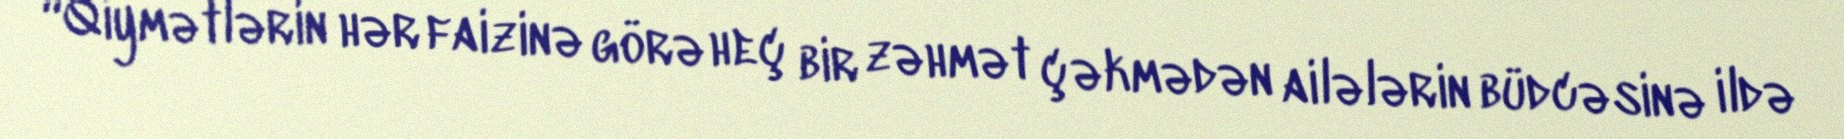
“Qiymətlərin hər faizinə görə heç bir zəhmət çəkmədən ailələrin büdcəsinə ildə